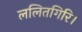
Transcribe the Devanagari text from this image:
ललितगिरि।